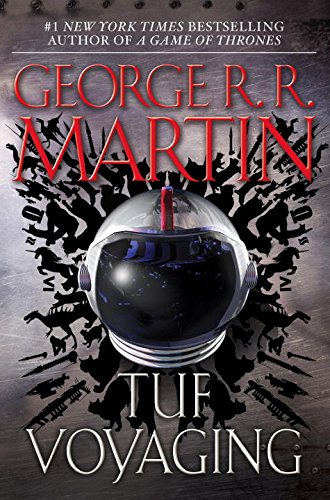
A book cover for Tuf Voyaging; George R. R. Martin; Science Fiction & Fantasy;